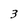
Character: 3